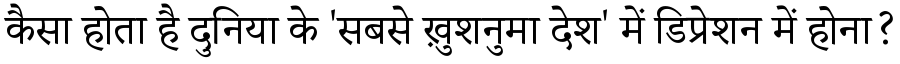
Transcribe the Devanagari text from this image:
कैसा होता है दुनिया के 'सबसे ख़ुशनुमा देश' में डिप्रेशन में होना?